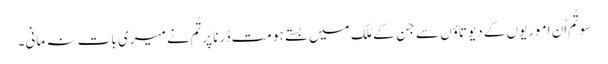
سو تُم اُن امورِیوں کے دیوتاؤں سے جِن کے مُلک میں بستے ہو مت ڈرنا پر تُم نے میری بات نہ مانی۔